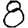
Digit: 8